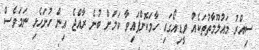
ސިއްރު މައުލޫމާތުތަކެއް ވީޑިއޯގައި ހާމަކޮށްފައިވާ ކަމަށް ބުނެ ރާއްޖެ އިން ހުށަހެޅި ނަމަވެސް